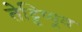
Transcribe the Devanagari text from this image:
तेट्टिप्पूव